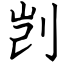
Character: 剀